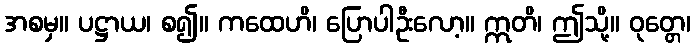
အစမှ။ ပဋ္ဌာယ၊ စ၍။ ကထေဟိ၊ ပြောပါဦးလော့။ ဣတိ၊ ဤသို့။ ဝုတ္တေ၊